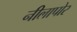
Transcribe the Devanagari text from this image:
नीलापोर